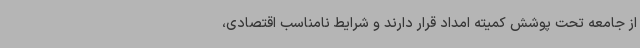
از جامعه تحت پوشش کمیته امداد قرار دارند و شرایط نامناسب اقتصادی،